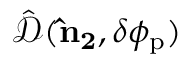
\hat { \mathcal { D } } ( { \bf \hat { n } _ { 2 } } , \delta \phi _ { \mathrm { p } } )